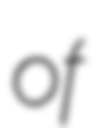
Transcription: of